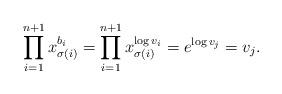
LaTeX: \begin{align*} \prod_{i=1}^{n+1} x_{\sigma(i)}^{b_i} = \prod_{i=1}^{n+1} x_{\sigma(i)}^{\log v_i} = e^{\log v_j} = v_j. \end{align*}